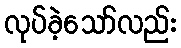
လုပ်ခဲ့သော်လည်း